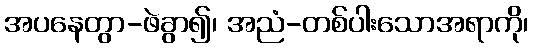
အပနေတွာ-ဖဲခွာ၍၊ အညံ-တစ်ပါးသောအရာကို၊